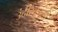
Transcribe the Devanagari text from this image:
उंदीरकानी